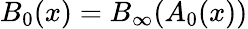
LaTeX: B_{0}(x)=B_{\infty}(A_{0}(x))